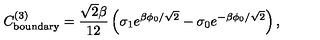
C _ { \mathrm { b o u n d a r y } } ^ { ( 3 ) } = \frac { \sqrt { 2 } \beta } { 1 2 } \left( \sigma _ { 1 } e ^ { \beta \phi _ { 0 } / \sqrt { 2 } } - \sigma _ { 0 } e ^ { - \beta \phi _ { 0 } / \sqrt { 2 } } \right) ,